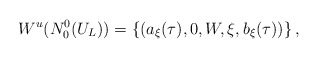
\begin{align*}W^u(N_0^0(U_L))=\{(a_\xi(\tau),0,W,\xi, b_\xi(\tau))\}\,,\end{align*}